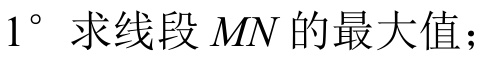
$1^{\circ}$ 求线段 \(MN\) 的最大值；